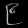
Digit: ၉